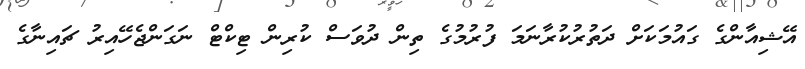
އޭޝިއާންގެ ގައުމަކަށް ދަތުރުކުރާނަމަ ފުރުމުގެ ތިން ދުވަސް ކުރިން ޓިކްޓް ނަގަންޖެހޭއިރު ޗައިނާގެ